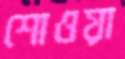
শোওয়া